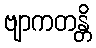
ဗျာကတန္တိ